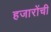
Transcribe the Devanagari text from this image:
हजारोंची